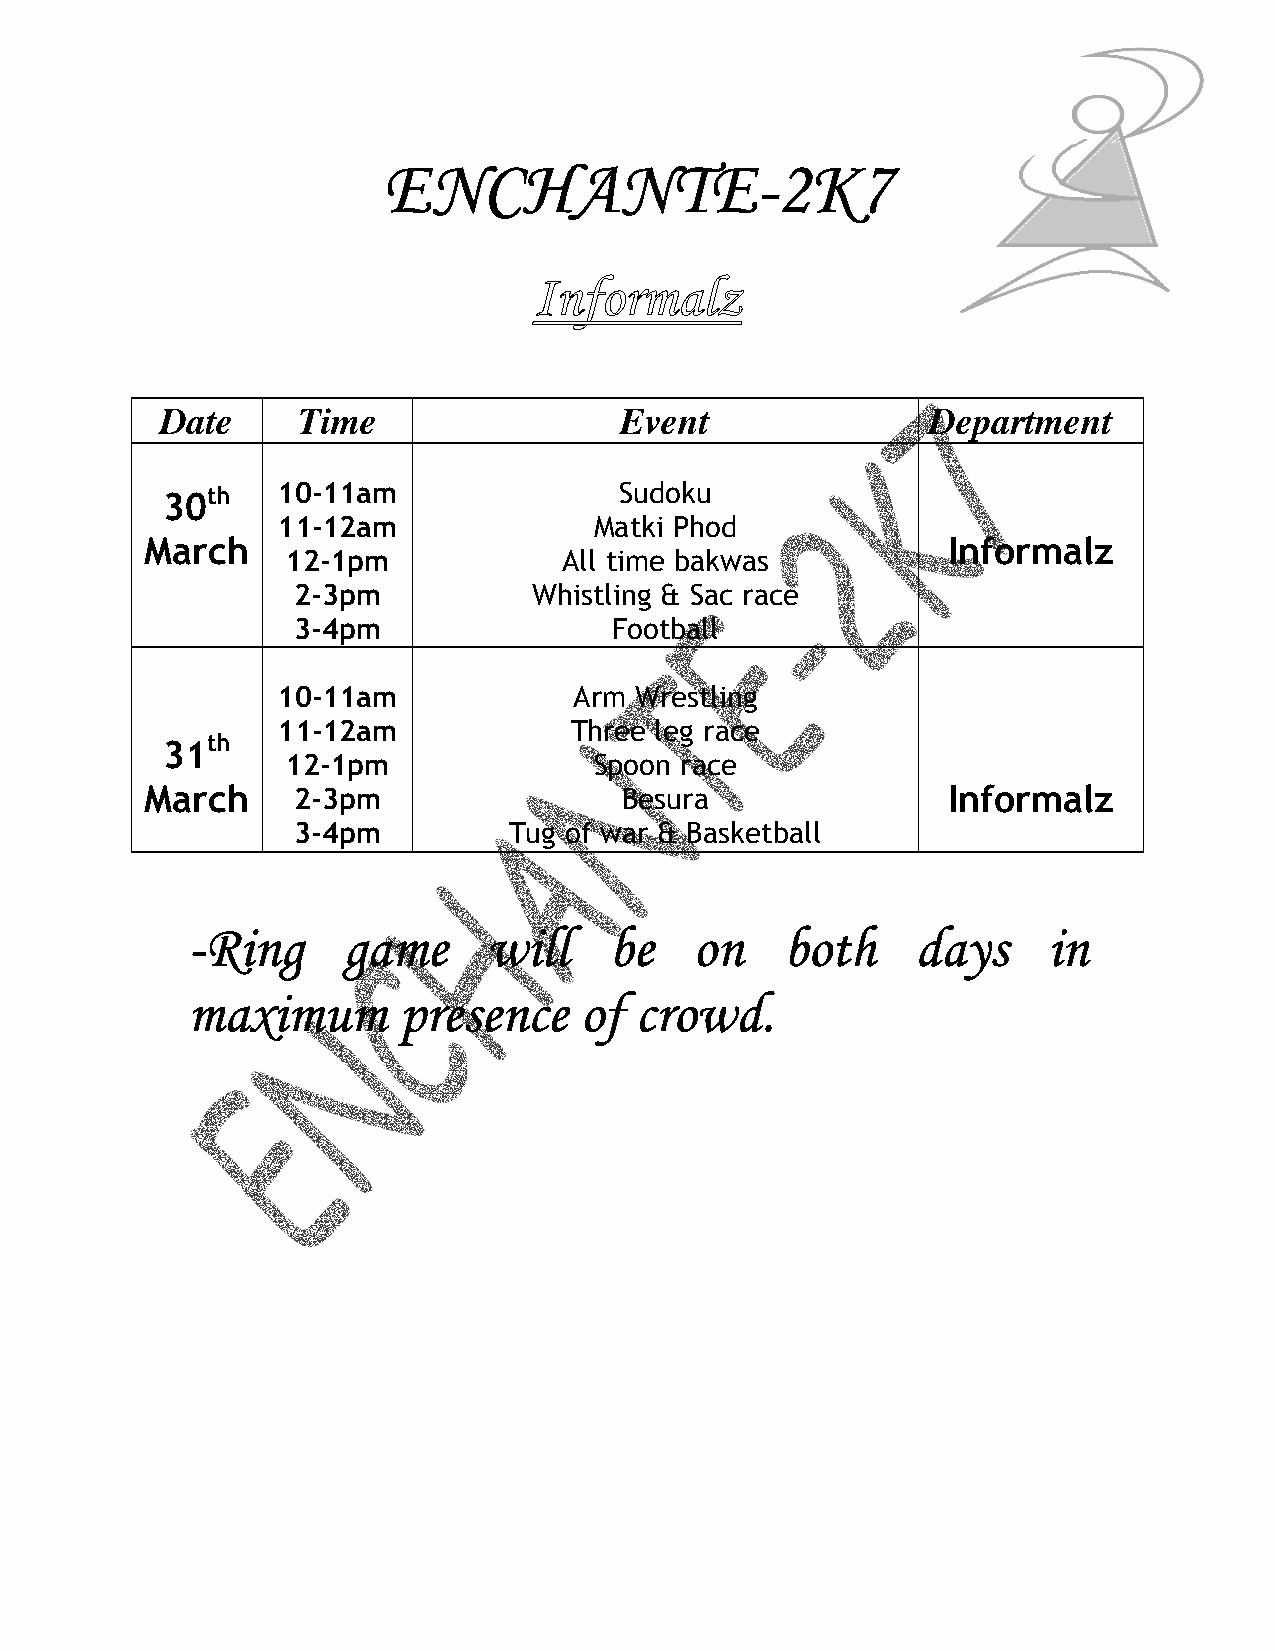
EEEENNNNCCCCHHHHAAAANNNNTTTTEEEE----2222KKKK7777
 Date     Time                 Event                Department
 30th   10-11am                Sudoku
 11-12am              Matki Phod
 March                                                Informalz
 12-1pm            All time bakwas
 2-3pm           Whistling & Sac race
 3-4pm                 Football
 10-11am             Arm Wrestling
 11-12am             Three leg race
 31th
 12-1pm              Spoon race
 March    2-3pm                 Besura                Informalz
 3-4pm          Tug of war & Basketball
 ----RRRRiiiinnnngggg ggggaaaammmmeeee wwwwiiiillllllll bbbbeeee oooonnnn bbbbooootttthhhh ddddaaaayyyyssss iiiinnnn
 mmmmaaaaxxxxiiiimmmmuuuummmm pppprrrreeeesssseeeennnncccceeee ooooffff ccccrrrroooowwwwdddd....